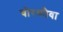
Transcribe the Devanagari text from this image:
चोरकौवा